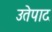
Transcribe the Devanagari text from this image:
उतेपाद